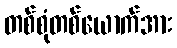
တစ်စုံတစ်ယောက်အား